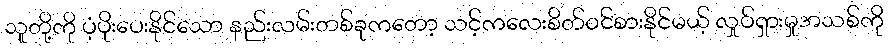
သူတို့ကို ပံ့ပိုးပေးနိုင်သော နည်းလမ်းတစ်ခုကတော့ သင့်ကလေးစိတ်ဝင်စားနိုင်မယ့် လှုပ်ရှားမှုအသစ်ကို